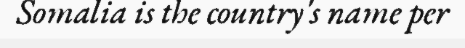
Somalia is the country's name per